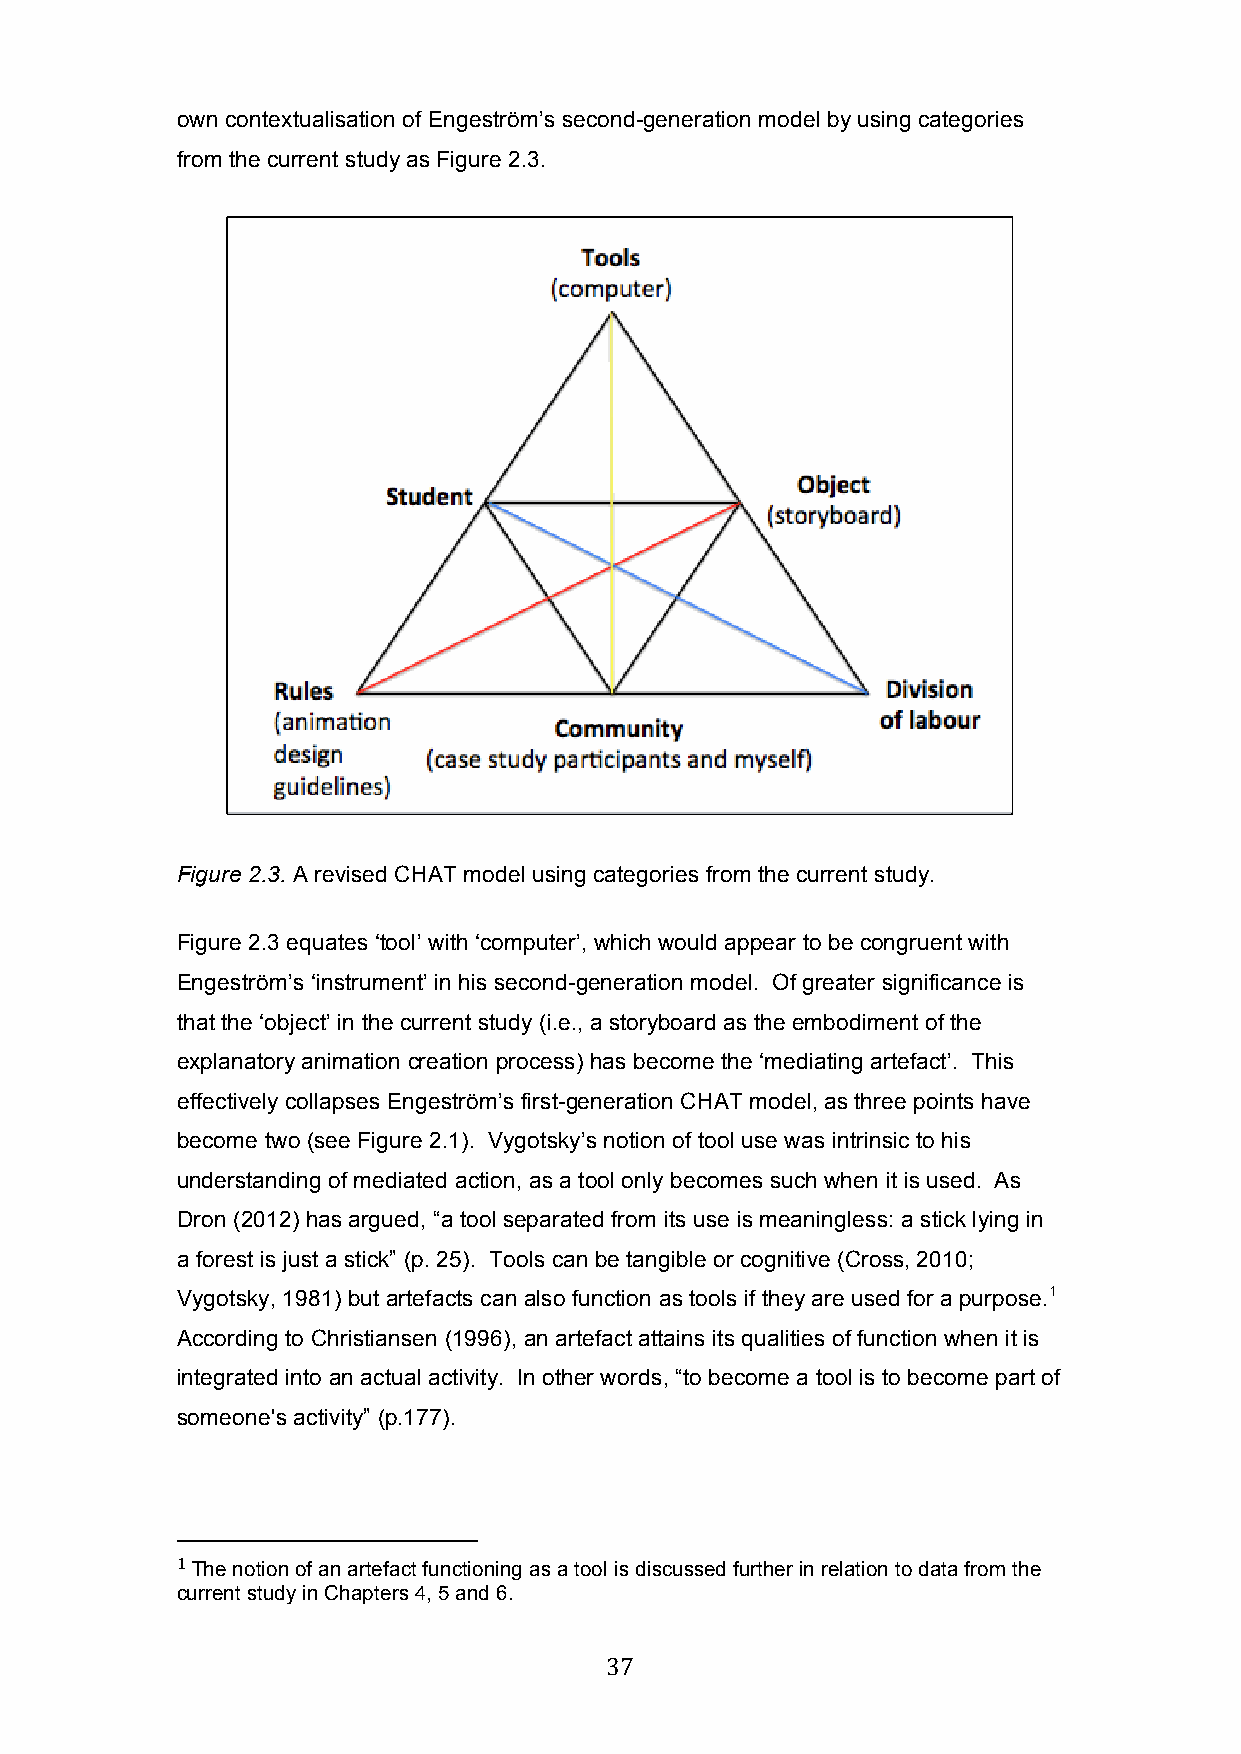
own contextualisation of Engeström’s second-generation model by using categories
 from the current study as Figure 2.3.
 Figure 2.3. A revised CHAT model using categories from the current study.
 Figure 2.3 equates ‘tool’ with ‘computer’, which would appear to be congruent with
 Engeström’s ‘instrument’ in his second-generation model. Of greater significance is
 that the ‘object’ in the current study (i.e., a storyboard as the embodiment of the
 explanatory animation creation process) has become the ‘mediating artefact’. This
 effectively collapses Engeström’s first-generation CHAT model, as three points have
 become two (see Figure 2.1). Vygotsky’s notion of tool use was intrinsic to his
 understanding of mediated action, as a tool only becomes such when it is used. As
 Dron (2012) has argued, “a tool separated from its use is meaningless: a stick lying in
 a forest is just a stick” (p. 25). Tools can be tangible or cognitive (Cross, 2010;
 Vygotsky, 1981) but artefacts can also function as tools if they are used for a purpose.1
 According to Christiansen (1996), an artefact attains its qualities of function when it is
 integrated into an actual activity. In other words, “to become a tool is to become part of
 someone's activity” (p.177).
 1 The notion of an artefact functioning as a tool is discussed further in relation to data from the
 current study in Chapters 4, 5 and 6.
 37